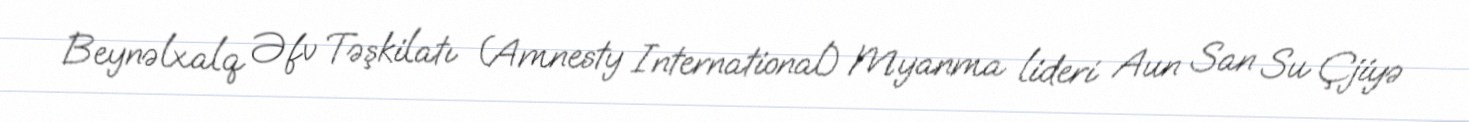
Beynəlxalq Əfv Təşkilatı (Amnesty International) Myanma lideri Aun San Su Çjiyə